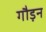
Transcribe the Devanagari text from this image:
गौड़न